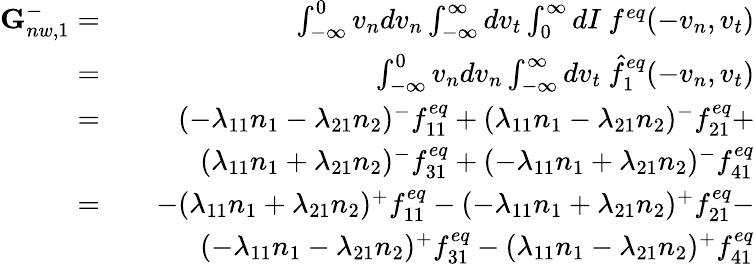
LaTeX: \begin{array}{rlr}{\textbf{G}_{nw,1}^{-}=}&{}&{\int_{-\infty}^{0}v_{n}dv_{n}\int_{-\infty}^{\infty}dv_{t}\int_{0}^{\infty}dI\ f^{eq}(-v_{n},v_{t})}\\ {=}&{}&{\int_{-\infty}^{0}v_{n}dv_{n}\int_{-\infty}^{\infty}dv_{t}\ \hat{f}_{1}^{eq}(-v_{n},v_{t})}\\ {=}&{}&{(-\lambda_{11}n_{1}-\lambda_{21}n_{2})^{-}f_{11}^{eq}+(\lambda_{11}n_{1}-\lambda_{21}n_{2})^{-}f_{21}^{eq}+}\\ &{}&{(\lambda_{11}n_{1}+\lambda_{21}n_{2})^{-}f_{31}^{eq}+(-\lambda_{11}n_{1}+\lambda_{21}n_{2})^{-}f_{41}^{eq}}\\ {=}&{}&{-(\lambda_{11}n_{1}+\lambda_{21}n_{2})^{+}f_{11}^{eq}-(-\lambda_{11}n_{1}+\lambda_{21}n_{2})^{+}f_{21}^{eq}-}\\ &{}&{(-\lambda_{11}n_{1}-\lambda_{21}n_{2})^{+}f_{31}^{eq}-(\lambda_{11}n_{1}-\lambda_{21}n_{2})^{+}f_{41}^{eq}}\end{array}